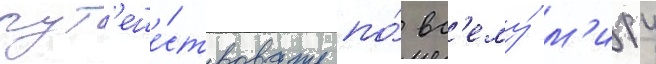
пут'еше́ствовать по́ вс'ему́ м'иру